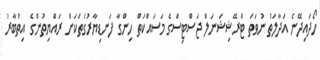
ހޯދައިދޭނެ އަދާލަތު ނުވަތަ ޓްރޭޝިޝަނަލް ޖަސްޓިސްގެ މަސައްކަތް ހިންގާ ފަނޑިޔާރުގެތަކަށް ރައްޔިތުންގެ އިތުބާރު